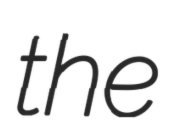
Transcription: the